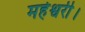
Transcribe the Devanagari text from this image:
महेश्वरी।